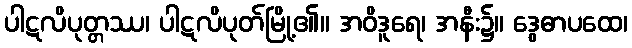
ပါဋလိပုတ္တဿ၊ ပါဋလိပုတ်မြို့၏။ အဝိဒူရေ၊ အနီး၌။ ဒွေဓာပထေ၊